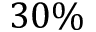
3 0 \%